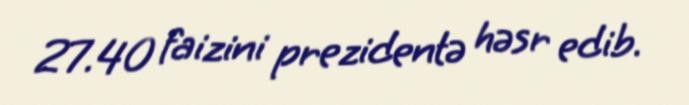
27.40 faizini prezidentə həsr edib.